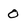
Character: O